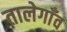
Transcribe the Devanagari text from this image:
तालेगाँव